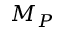
M _ { P }